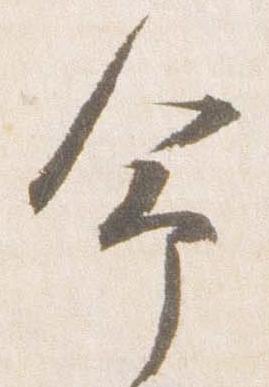
命